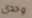
وحدى